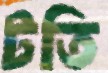
টতি